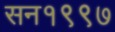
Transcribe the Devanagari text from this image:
सन१९९७